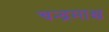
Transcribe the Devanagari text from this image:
चन्द्रमाश्च